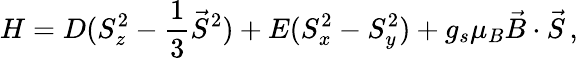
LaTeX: H=D(S_{z}^{2}-\frac{1}{3}\vec{S}^{2})+E(S_{x}^{2}-S_{y}^{2})+g_{s}\mu_{B}\vec{B}\cdot\vec{S}\, ,